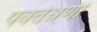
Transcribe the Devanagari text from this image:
पवर्तश्रेणी